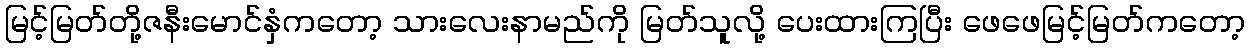
မြင့်မြတ်တို့ဇနီးမောင်နှံကတော့ သားလေးနာမည်ကို မြတ်သူလို့ ပေးထားကြပြီး ဖေဖေမြင့်မြတ်ကတော့